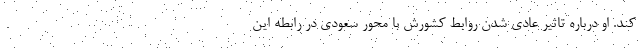
کند. او درباره تاثیر عادی شدن روابط کشورش با محور سعودی در رابطه این